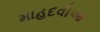
માહદવીઆ